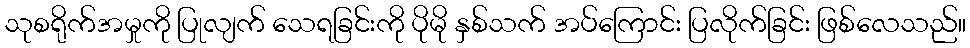
သုစရိုက်အမှုကို ပြုလျက် သေရခြင်းကို ပိုမို နှစ်သက် အပ်ကြောင်း ပြလိုက်ခြင်း ဖြစ်လေသည်။